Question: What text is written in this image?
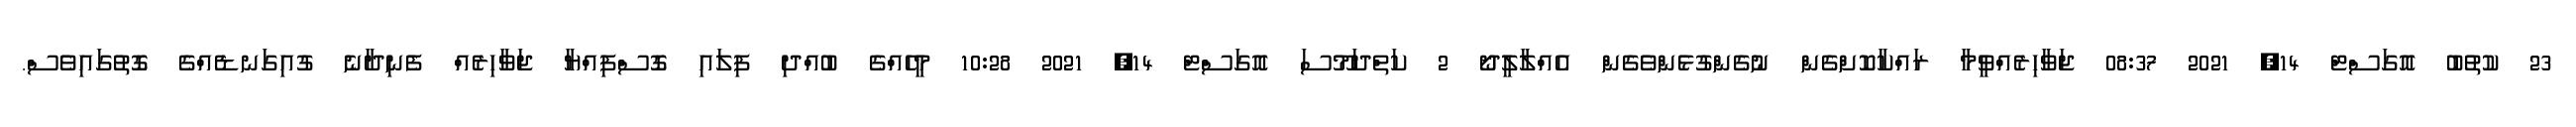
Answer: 23 ކުތުބު އޮގަސްޓް 14, 2021 08:37 ޖަވާހިރެއްވީމާ ރައްކާކޮށްގެން ނުގެންގުޅެންވެގެން އެއްލާލީދޯ 2 ކަތްދަމޫސަ އޮގަސްޓް 14, 2021 10:28 މީހެއްގެ ބުއްދި ފިލައި ގޮސްފިއްޔާ ޖަވާހިރެއް ފެނިދާނެ ގުއިގަނޑެއްގެ ގޮތުގައިވެސް.